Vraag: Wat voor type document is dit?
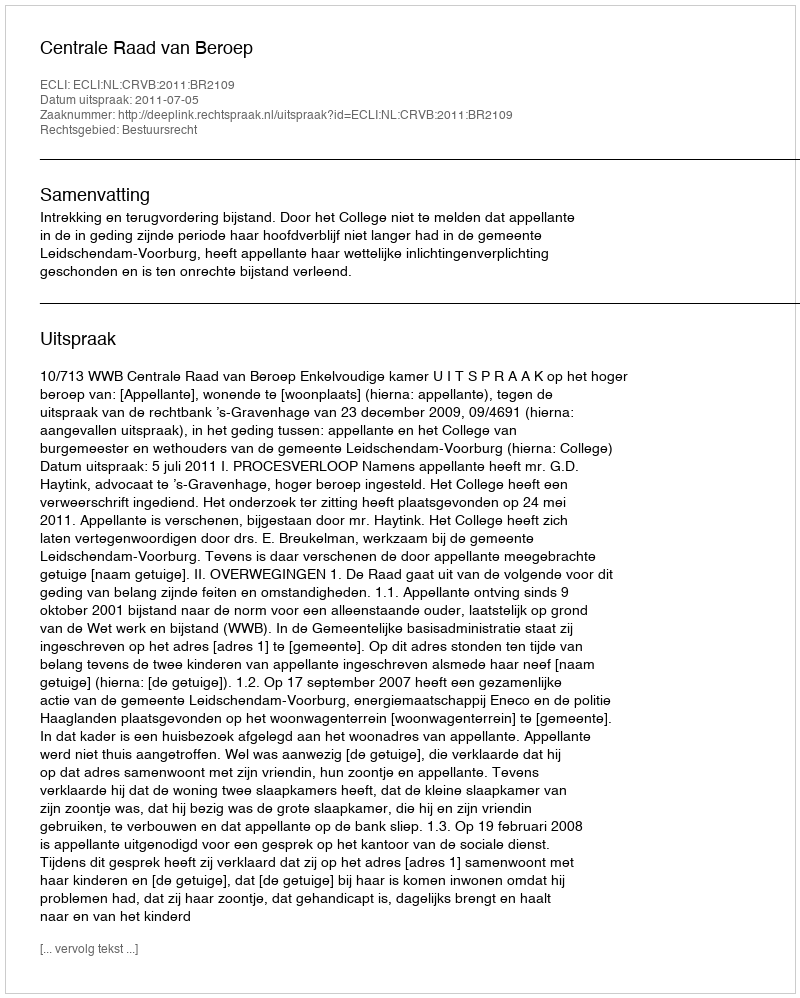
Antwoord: Uitspraak